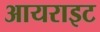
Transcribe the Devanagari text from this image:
आयराइट